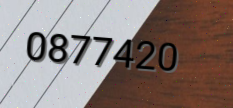
0877420